Annual administration and progress report of the Indian Medical Department, Bombay
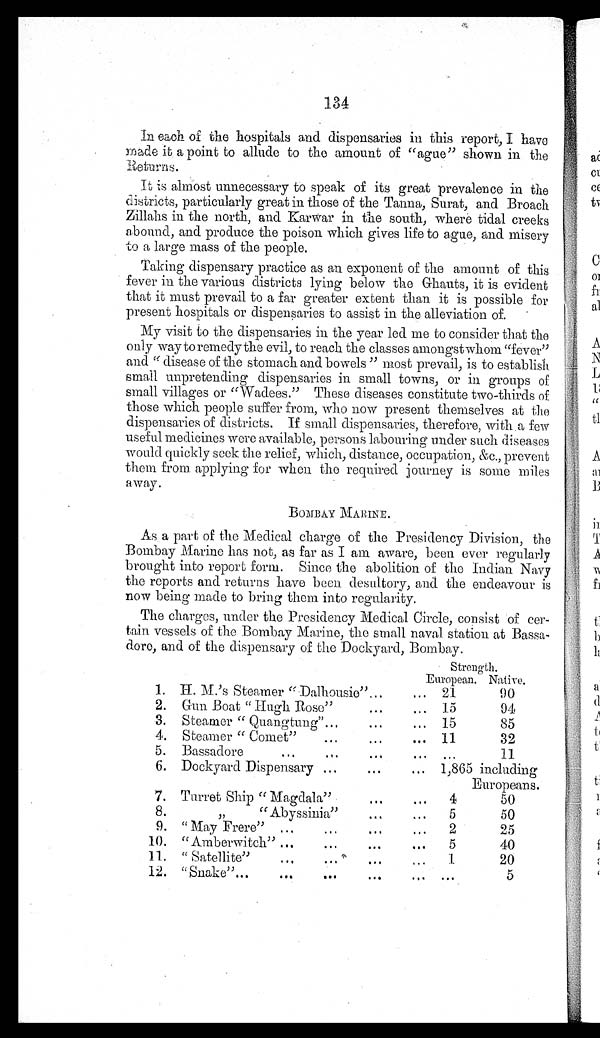
134
In each of the hospitals and dispensaries in this report, I have
made it a point to allude to the amount of "ague" shown in the
Returns .
It is almost unnecessary to speak of its great prevalence in the
districts, particularly great in those of the Tanna, Surat, and Broach
Zillahs in the north, and Karwar in the south, where tidal creeks
abound, and produce the poison which gives life to ague, and misery
to a large mass of the people.
Taking dispensary practice as an exponent of the amount of this
fever in the various districts lying below the Ghauts, it is evident
that it must prevail to a far greater extent than it is possible for
present hospitals or dispensaries to assist in the alleviation of.
My visit to the dispensaries in the year led me to consider that the
only way to remedy the evil, to reach the classes amongst whom "fever"
and "disease of the stomach and bowels" most prevail, is to establish
small unpretending dispensaries in small towns, or in groups of
small villages or "Wadees." These diseases constitute two-thirds of
those Which people suffer from, who now present themselves at the
dispensaries of districts. If small dispensaries, therefore, with a few
useful medicines were available, persons labouring under such diseases
would quickly seek the relief, which, distance, occupation, &c., prevent
them from applying for when the required journey is some miles
away.
BOMBAY MARINE.
As a part of the Medical charge of the Presidency Division, the
Bombay Marine has not, as far as I am aware, been ever regularly
brought into report form. Since the abolition of the Indian Navy
the reports and returns have been desultory, and the endeavour is
now being made to bring them into regularity.
The charges, under the Presidency Medical Circle, consist of cer-
tain vessels of the Bombay Marine, the small naval station at
B a s s a d o r e , a n d o f t h e d i s p e n s a r y o f t h e D o c k y a r d , B o m b a y .
Strength.
European. Native.
1. H. M.'S. Steamer "Dalhousie" ...
. . . 21
90
2. Gun Boat " Hugh Bose"
... ...
15
94
3. Steamer " Quangtung"...
...
... 15
85
4. Steamer " Comet"
... ... ...
11
32
5. Bassadore
...
... .
... ...
11
6. Dockyard Dispensary ...
... ...
1,865 including
Europeans.
7. Turret Ship " Magdala"
...
...
4
50
8.
, , " A b y s s i n i a "
... ...
5
50
9. " May Frere" ...
...
...
. . . 2
25
10. "Amberwitch" ...
... ... ...
5
40
1 1 . "Satellite" ... ... ...
1
20
12. "Snake"...
...
... ...
. . .
. . .
5